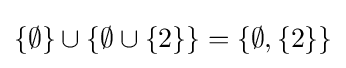
\{\emptyset \}\cup \{\emptyset \cup \{2\}\}=\{\emptyset ,\{2\}\}